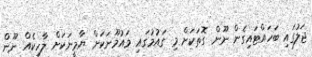
ޖަލުގައި ބަހައްޓައިގެން ނޫން ގޮތަކަށް މި ގައުމުގައި މައުމޫނަކަށް ޔާމީނަކަށް ލާހިކެއް ނޫން